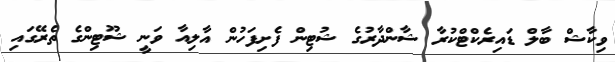
ވިކާޝް ބާލް ޑައިރެކްޓްކުރާ ޝާންދާރުގެ ޝުޓިން ފެށިފަހުން އާލިއާ ވަނީ ޝޫޓިންގެ ތެރޭގައި